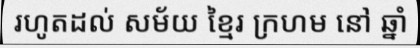
រហូតដល់ សម័យ ខ្មៃរ ក្រហម នៅ ឆ្នាំ